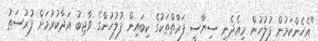
"އެހެންކަމުން ފުލުހުން މިއެދެނީ ސިޔާސީ ފަރާތްތަކުގެ ކިބައިން ފުލުހުންގެ ވާޖިބު އަދާކުރުމަށް ފުރުސަތު